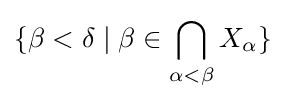
\displaystyle \{\beta <\delta \mid \beta \in \bigcap _{\alpha <\beta }X_{\alpha }\}